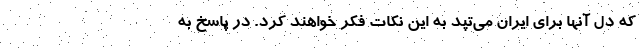
كه دل آنها براي ايران مي‌تپد به اين نكات فكر خواهند كرد. در پاسخ به